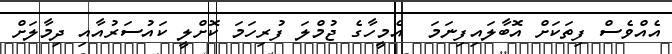
އެއްވެސް ފިތަކަށް އޮބާލައިފިނަމަ  އެމީހާގެ ޖުމްލަ ފުރިހަމަ ކޮށްލީ ކައުސަރުއާއި ދިމާލަށް